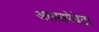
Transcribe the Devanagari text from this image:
अलमामेग्रेटा